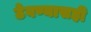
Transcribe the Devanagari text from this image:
ठेवण्यासही